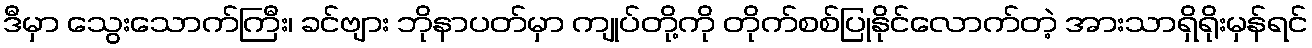
ဒီမှာ သွေးသောက်ကြီး၊ ခင်ဗျား ဘိုနာပတ်မှာ ကျုပ်တို့ကို တိုက်စစ်ပြုနိုင်လောက်တဲ့ အားသာရှိရိုးမှန်ရင်